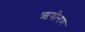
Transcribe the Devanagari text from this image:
ऋषीगण